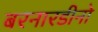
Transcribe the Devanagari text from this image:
बरनारडीनो